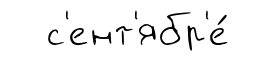
с'ент'ябр'е́